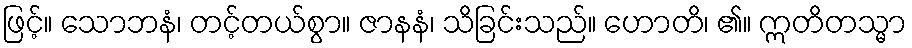
ဖြင့်။ သောဘနံ၊ တင့်တယ်စွာ။ ဇာနနံ၊ သိခြင်းသည်။ ဟောတိ၊ ၏။ ဣတိတသ္မာ